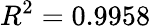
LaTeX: R^{2}=0.9958